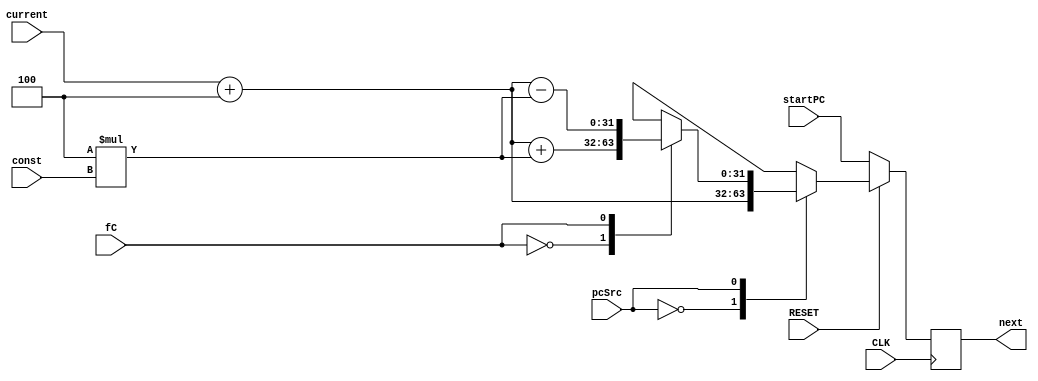
//PC - has the register and increments based on clock


module programCounter(next, current, RESET, startPC ,CLK, pcSrc, const, fC);
output [31:0] next;
input [31:0] startPC;
input [31:0] current;
input fC;
input RESET;
input CLK;

input pcSrc;
input [31:0] const;

reg [31:0] next;

always @(negedge CLK)
begin
 if (RESET==0) begin
    next = startPC;
    #0 $display("Started program - %d.", $time);
 end
 else begin
    case (pcSrc)
      0: next = current+32'd4;
      1: begin
         case (fC)
           0: next = current +32'd4 + 4*const;
           1: next = current +32'd4 - 4*const;
         endcase
         end
    endcase
    $display("New instr %d at %d.",next, $time);
 end
end
endmodule